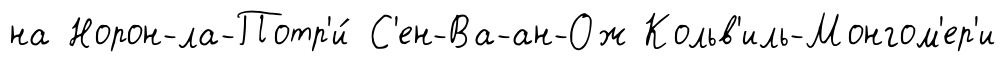
на Норон-ла-Потр'и́ С'ен-Ва-ан-Ож Кольв'иль-Монгом'ер'и